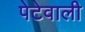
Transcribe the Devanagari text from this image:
पेटेवाली